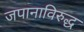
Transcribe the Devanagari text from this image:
जपानाविरुद्ध